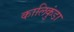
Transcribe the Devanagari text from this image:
कालिकुंडा